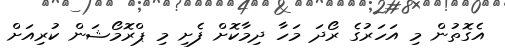
އެގޮތުން މި އަހަރުގެ ރޯދަ މަހާ ދިމާކޮށް ފެށި މި ޕްރޮމޯޝަން ކުރިއަށް